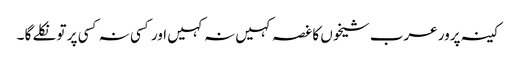
کینہ پرور عرب شیخوں کا غصہ کہیں نہ کہیں اور کسی نہ کسی پر تو نکلے گا ۔